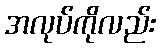
အလုပ်ကိုလည်း